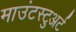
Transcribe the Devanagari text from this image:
माउंटस्टुअर्ट